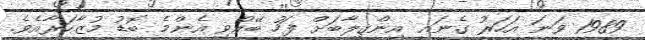
1989 ވަނަ އަހަރު ގެނައި އިންޤިލާބަށް ފަހު ބޭއްވި އެންމެ ބޮޑު މުޒާހަރާއެވެ.